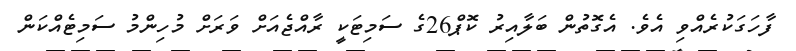
ފާހަގަކުރެއްވި އެވެ. އެގޮތުން ބަލާއިރު ކޮޕް26ގެ ސަމިޓަކީ ރާއްޖެއަށް ވަރަށް މުހިންމު ސަމިޓެއްކަން